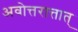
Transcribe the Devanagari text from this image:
अवोत्तरात्तात्